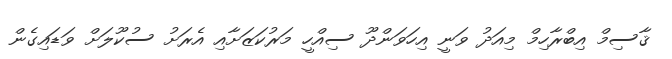
ޤާސިމް އިބްރާހިމް މިއަދު ވަނީ އިހަވަންދޫ ސިއްހީ މަރުކަޒަށާއި އެރަށު ސުކޫލަށް ވަޑައިގެން